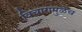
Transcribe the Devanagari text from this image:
विचारामुळेच